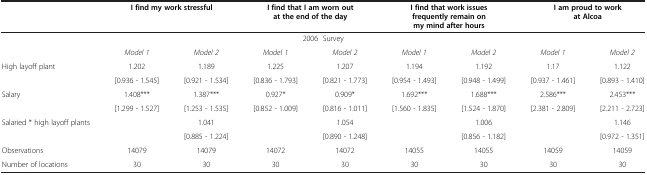
|  | <COLSPAN=2> I find my work stressful | <COLSPAN=2> I find that I am worn out at the end of the day | <COLSPAN=2> I find that work issues frequently remain on my mind after hours | <COLSPAN=2> I am proud to work at Alcoa |
 | --- | --- | --- | --- | --- | --- | --- | --- | --- |
 | <COLSPAN=9> 2006 Survey |
 |  | Model 1 | Model 2 | Model 1 | Model 2 | Model 1 | Model 2 | Model 1 | Model 2 |
 | High layoff plant | 1.202 | 1.189 | 1.225 | 1.207 | 1.194 | 1.192 | 1.17 | 1.122 |
 |  | [0.936 - 1.545] | [0.921 - 1.534] | [0.836 - 1.793] | [0.821 - 1.773] | [0.954 - 1.493] | [0.948 - 1.499] | [0.937 - 1.461] | [0.893 - 1.410] |
 | Salary | 1.408*** | 1.387*** | 0.927* | 0.909* | 1.692*** | 1.688*** | 2.586*** | 2.453*** |
 |  | [1.299 - 1.527] | [1.253 - 1.535] | [0.852 - 1.009] | [0.816 - 1.011] | [1.560 - 1.835] | [1.524 - 1.870] | [2.381 - 2.809] | [2.211 - 2.723] |
 | Salaried * high layoff plants |  | 1.041 |  | 1.054 |  | 1.006 |  | 1.146 |
 |  |  | [0.885 - 1.224] |  | [0.890 - 1.248] |  | [0.856 - 1.182] |  | [0.972 - 1.351] |
 | Observations | 14079 | 14079 | 14072 | 14072 | 14055 | 14055 | 14059 | 14059 |
 | Number of locations | 30 | 30 | 30 | 30 | 30 | 30 | 30 | 30 |